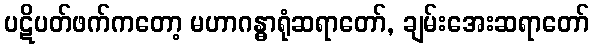
ပဋိပတ်ဖက်ကတော့ မဟာဂန္ဓာရုံဆရာတော်, ချမ်းအေးဆရာတော်